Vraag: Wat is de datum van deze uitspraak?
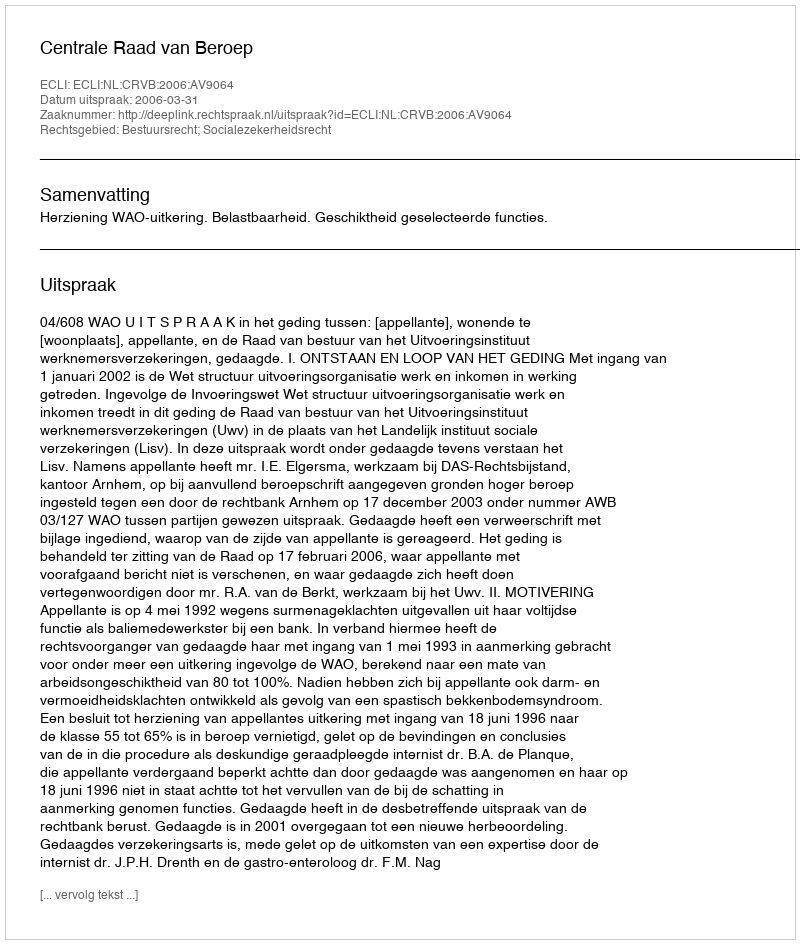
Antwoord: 2006-03-31